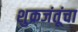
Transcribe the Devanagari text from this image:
शुक्रजंतूंचा